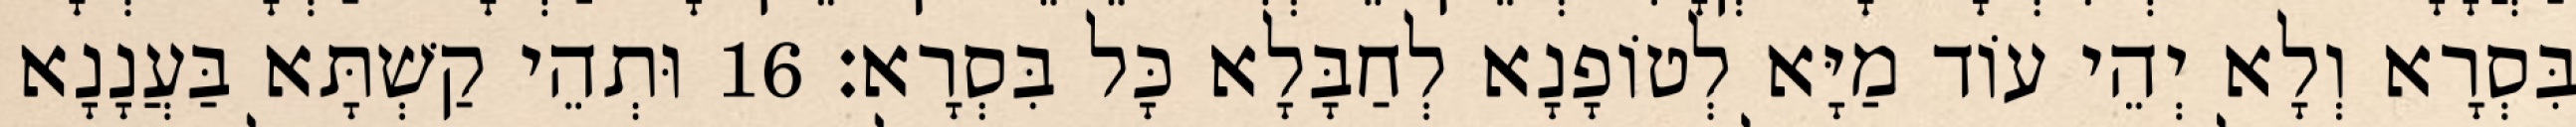
בִּסְרָא וְלָא יְהֵי עוֹד מַיָּא לְטוֹפָנָא לְחַבָּלָא כָּל בִּסְרָא׃ 16 וּתְהֵי קַשְׁתָּא בַּעֲנָנָא